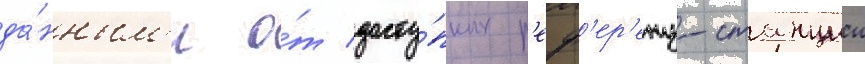
да́нным'и о́т досту́пных р'еф'ер'енц-станции